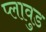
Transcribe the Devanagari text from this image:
प्लावुड